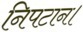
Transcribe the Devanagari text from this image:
निपटान।